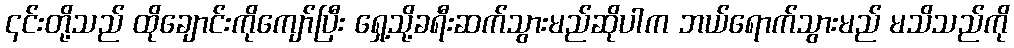
၎င်းတို့သည် ထိုချောင်းကိုကျော်ပြီး ရှေ့သို့ခရီးဆက်သွားမည်ဆိုပါက ဘယ်ရောက်သွားမည် မသိသည်ကို